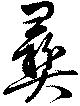
彛